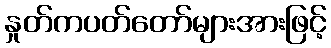
နှုတ်ကပတ်တော်များအားဖြင့်